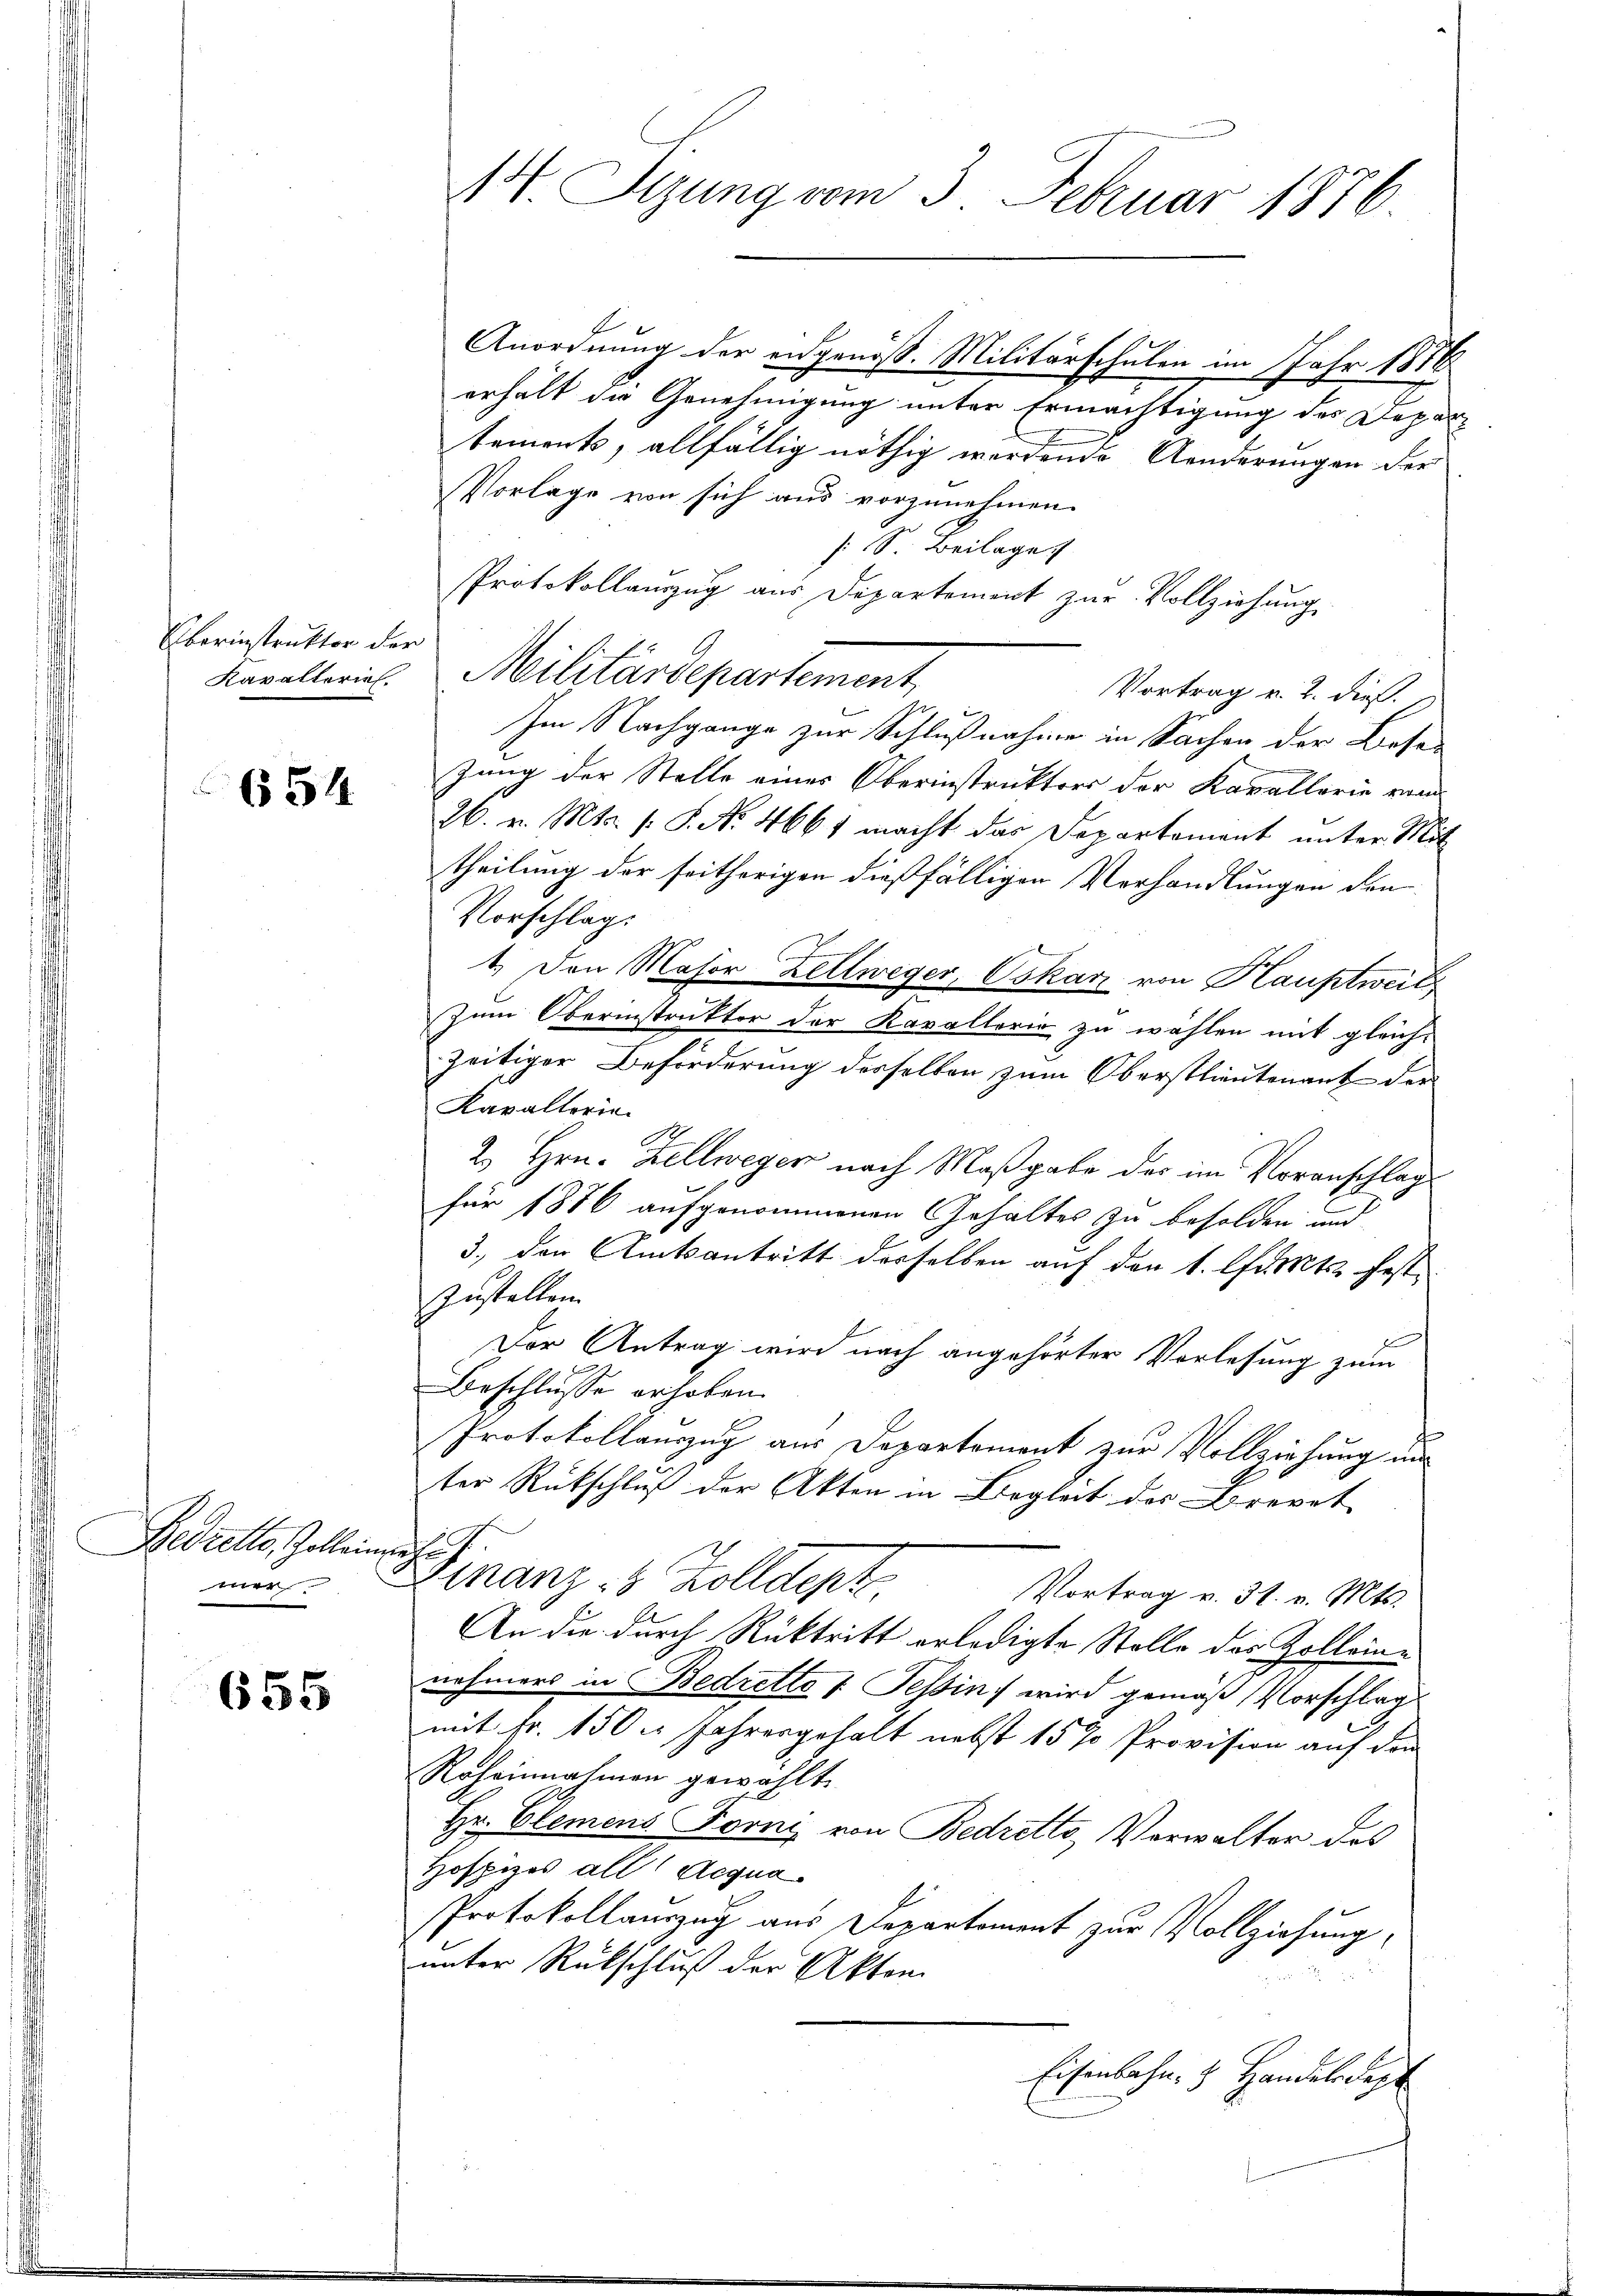
Eberinstruktor der

654

Getrette, Galleimatuf
mer.

655

Anordnung der engenöß. Militärschulen im Jahr 1878
erhält die Genehmigung unter Ermächtigung des Departements, allfällig nöthig werdende Aenderungen der
Vorlage von sich aus vorzunehmen.
s. S. Beilage
Protokollanzug aus Departement zur Vollziehung
Kavalleriel. Militärdepartement
Vortrag u. 2. dieß.
Im Nachgange zur Schlußnahme in Sachen der Besezung der Stelle eines Oberinstruktors der Kavallorie vom
26. v. Mts. s. S. Nr. 4661 macht das Departement unter Mit
theilung der seitherigen dießfälligen Verhandlungen den
Vorschlag:
1. Den Major Zellweger, Oskar von Hauptweil
Zum Oberinstruktor der Kavallerie zu wählen mit gleich-
zeitiger Beförderung desselben zum Oberstlieutenant der
Kavallerin
2. Hrn. Zellweger nach Maßgabe des im Voranschlag
für 1876 aufgenommenen Gehaltes zu besolden und
3., den Amtsantritt derselben auf der 1. l. Mts. fest¬
Zustellen.
Der Antrag wird nach angehörter Vorlesung zum
Beschlusse erhoben.
Protokollauszug aus Departement zur Vollziehung un
ter Rückschluß der Akten in Begleit des Brevet
Finanz-8 Zolldept
Vortrag v. 31. v. Mts.
An die durch Rücktritt erledigte Stolle des Zolleinnehmers in Bedretto : Tessin, wird gemäß Vorschlag
mit Fr. 150 l. Jahresgehalt nebst 15 % Provision auf den
Roheinnahmen gewählt.
Hr. Elemens Forni von Bedretto, Verwalter des
Hospizes all ( Acqua¬
Protokollauszug aus Departement zur Vollziehung,
unter Rückschluß der Akten
Eisenbahn, z. Handelsdept

14. Sitzung vom 3. Februar 1876